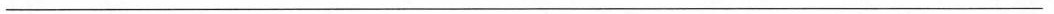
___